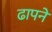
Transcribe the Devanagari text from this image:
ढापने